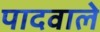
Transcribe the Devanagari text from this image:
पादवाले